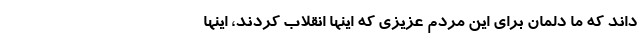
داند که ما دلمان برای این مردم عزیزی که اینها انقلاب کردند، اینها